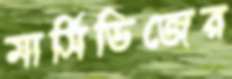
মার্সিডিজের